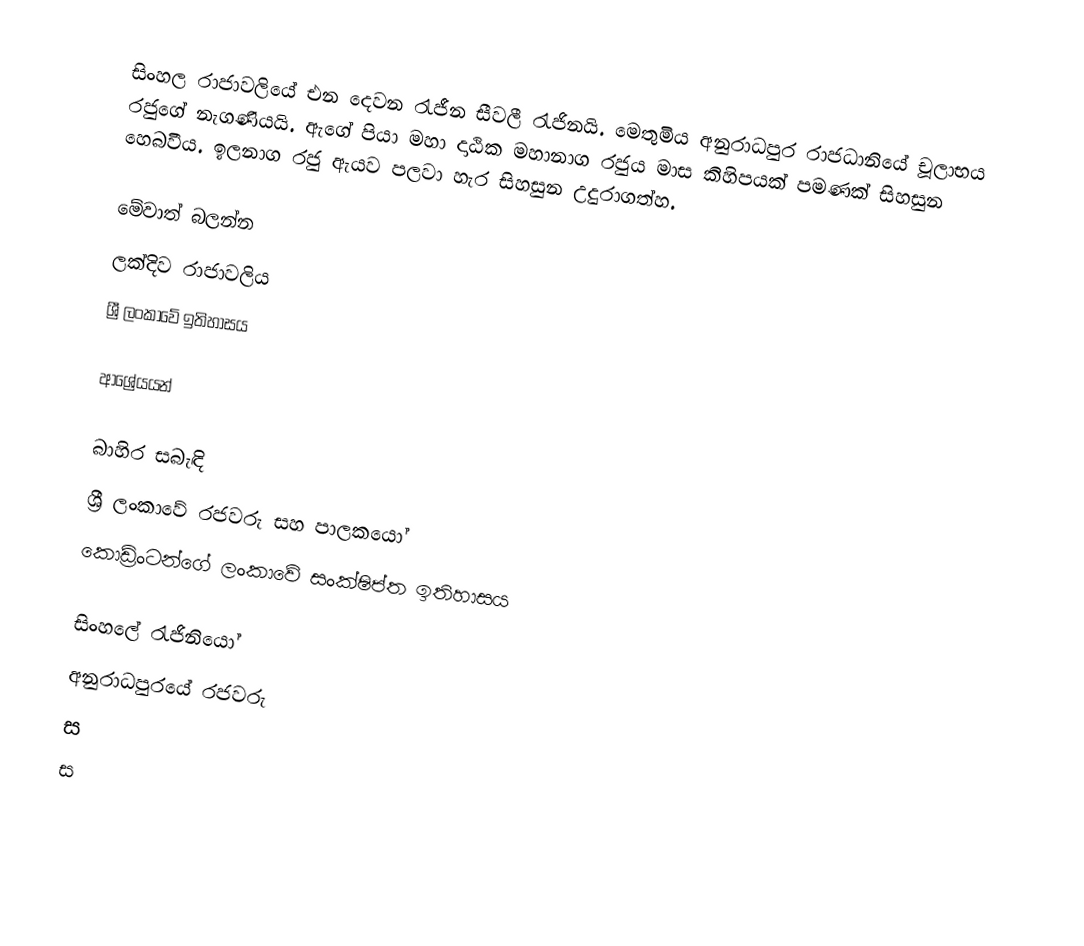
සිංහල රාජාවලියේ එන දෙවන රැජීන සීවලී රැජිනයි. මෙතුමිය අනුරාධපුර රාජධානියේ චූලාභය රජුගේ නැගණියයි. ඇගේ පියා මහා දාඨික මහානාග රජුය මාස කිහිපයක් පමණක් සිහසුන හෙබවීය. ඉලනාග රජු ඇයව පලවා හැර සිහසුන උදුරාගත්හ.

මේවාත් බලන්න
 ලක්දිව රාජාවලිය
 ශ්‍රී ලංකාවේ ඉතිහාසය

ආශ්‍රේයයන්

බාහිර සබැඳි
 ශ්‍රී ලංකාවේ රජවරු සහ පාලකයෝ
 කොඩ්‍ර්ංටන්ගේ ලංකාවේ සංක්ෂිප්ත ඉතිහාසය

සිංහලේ රැජිනියෝ
අනුරාධපුරයේ රජවරු
ස
ස